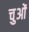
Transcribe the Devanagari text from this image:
चुओं